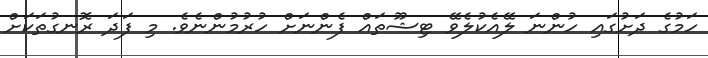
ހަމުގެ ދަށުގައި ހުންނަ ލޭއެކުލެވޭ ޓިޝޫތައް ފެންނަށް ހުރުމުންނެވެ. މި ފަދަ ރޮނގުތަކަށް